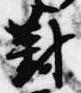
対